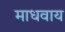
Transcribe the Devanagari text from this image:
माधवाय